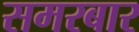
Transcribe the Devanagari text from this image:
समरबार